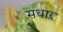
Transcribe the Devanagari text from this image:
सधार